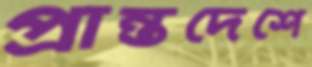
প্রান্তদেশে